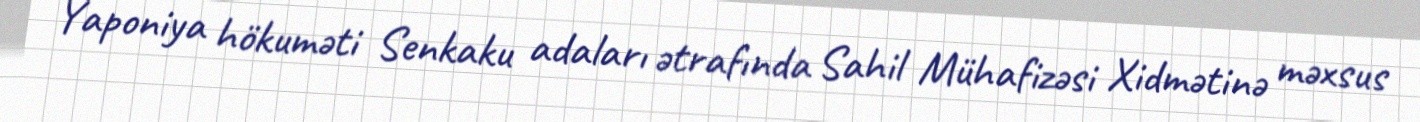
Yaponiya hökuməti Senkaku adaları ətrafında Sahil Mühafizəsi Xidmətinə məxsus